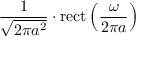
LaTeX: { \frac { 1 } { \sqrt { 2 \pi a ^ { 2 } } } } \cdot \operatorname { r e c t } \left( { \frac { \omega } { 2 \pi a } } \right)